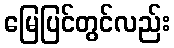
မြေပြင်တွင်လည်း